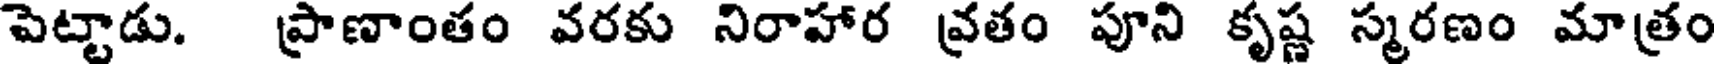
పెట్టాడు. ప్రాణాంతం వరకు నిరాహార వ్రతం పూని కృష్ణ స్మరణం మాత్రం